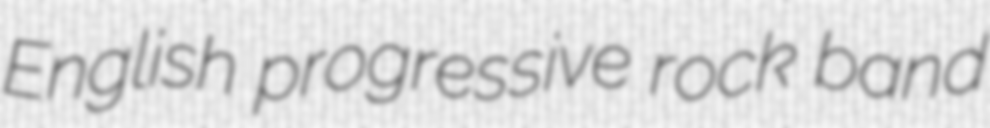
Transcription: English progressive rock band